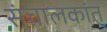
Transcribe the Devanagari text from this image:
संचालकांत